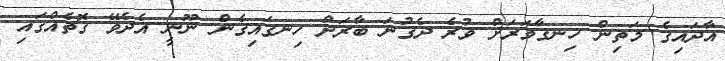
އާދައިގެ މަތިން ހިނގާވަރަށް ވުރެ ދެގުނަ ބާރަށް ހިނގައިގެން ނޫނީ އެދެވޭ ގޮތެއްގައި